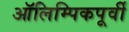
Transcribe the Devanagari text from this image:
ऑलिम्पिकपूर्वी